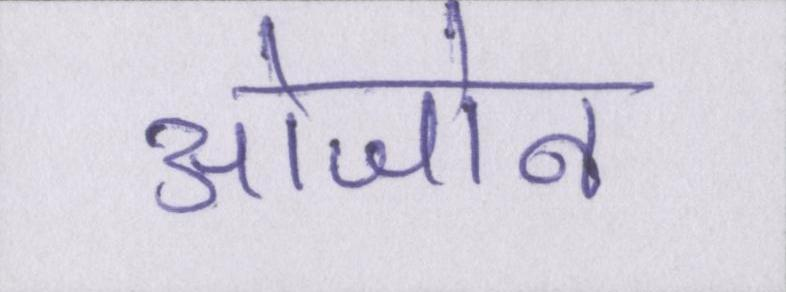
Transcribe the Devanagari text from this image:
ओजोन